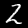
Digit: 2